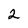
Character: 2